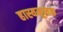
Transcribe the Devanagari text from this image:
हास्यमूलक